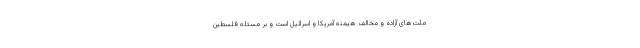
ملت‌های آزاده و مخالف هیمنه آمریکا و اسرائیل است و بر مسئله فلسطین